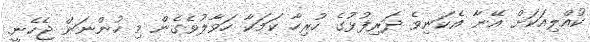
ކުއްލިއަކަށް އޭނާ އެކަނިވެ ދަރިފުޅުގެ ހުރިހާ ކަމަކާ ހަވާލުވެގެން މި ހުންނަން ޖެހެނީ.